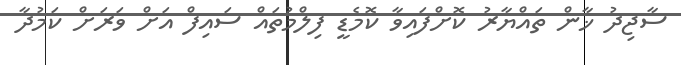
ސާޖިދު ޚާން ތައްޔާރު ކޮށްފައިވާ ކޮމެޑީ ފިލްމުތައް ސައިފް އަށް ވަރަށް ކަމުދާ